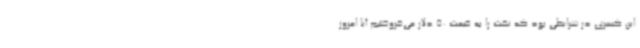
این کسری در شرایطی بود که نفت را به قیمت 50 دلار می‌فروختیم آیا امروز